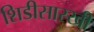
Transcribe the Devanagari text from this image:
शिडीसारखी